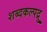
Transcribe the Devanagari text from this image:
शब्दकल्पद्रु